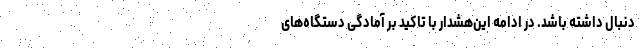
دنبال داشته باشد. در ادامه این‌هشدار با تاکید بر آمادگی دستگاه‌های